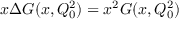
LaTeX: x \Delta G ( x , Q _ { 0 } ^ { 2 } ) = x ^ { 2 } G ( x , Q _ { 0 } ^ { 2 } )